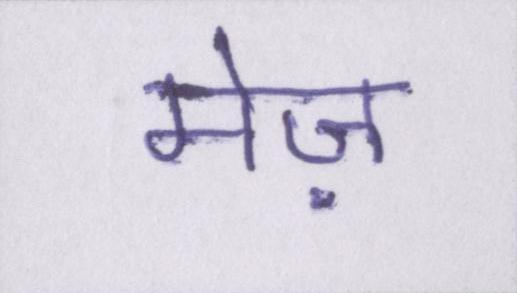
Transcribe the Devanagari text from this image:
मेज़